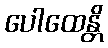
ပေါထေန္တိ